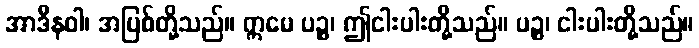
အာဒီနဝါ၊ အပြစ်တို့သည်။ ဣမေ ပဉ္စ၊ ဤငါးပါးတို့သည်။ ပဉ္စ၊ ငါးပါးတို့သည်။